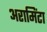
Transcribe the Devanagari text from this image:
अरामिंटा